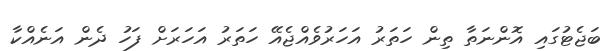
ބަޖެޓުގައި އޮންނަތާ ތިން ހަތަރު އަހަރުވެއްޖެއޭ ހަތަރު އަހަރަށް ފަހު ދެން އަނެއްކާ